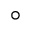
\circ